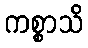
ကစ္စာသိ